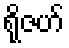
ရိုဇဟ်